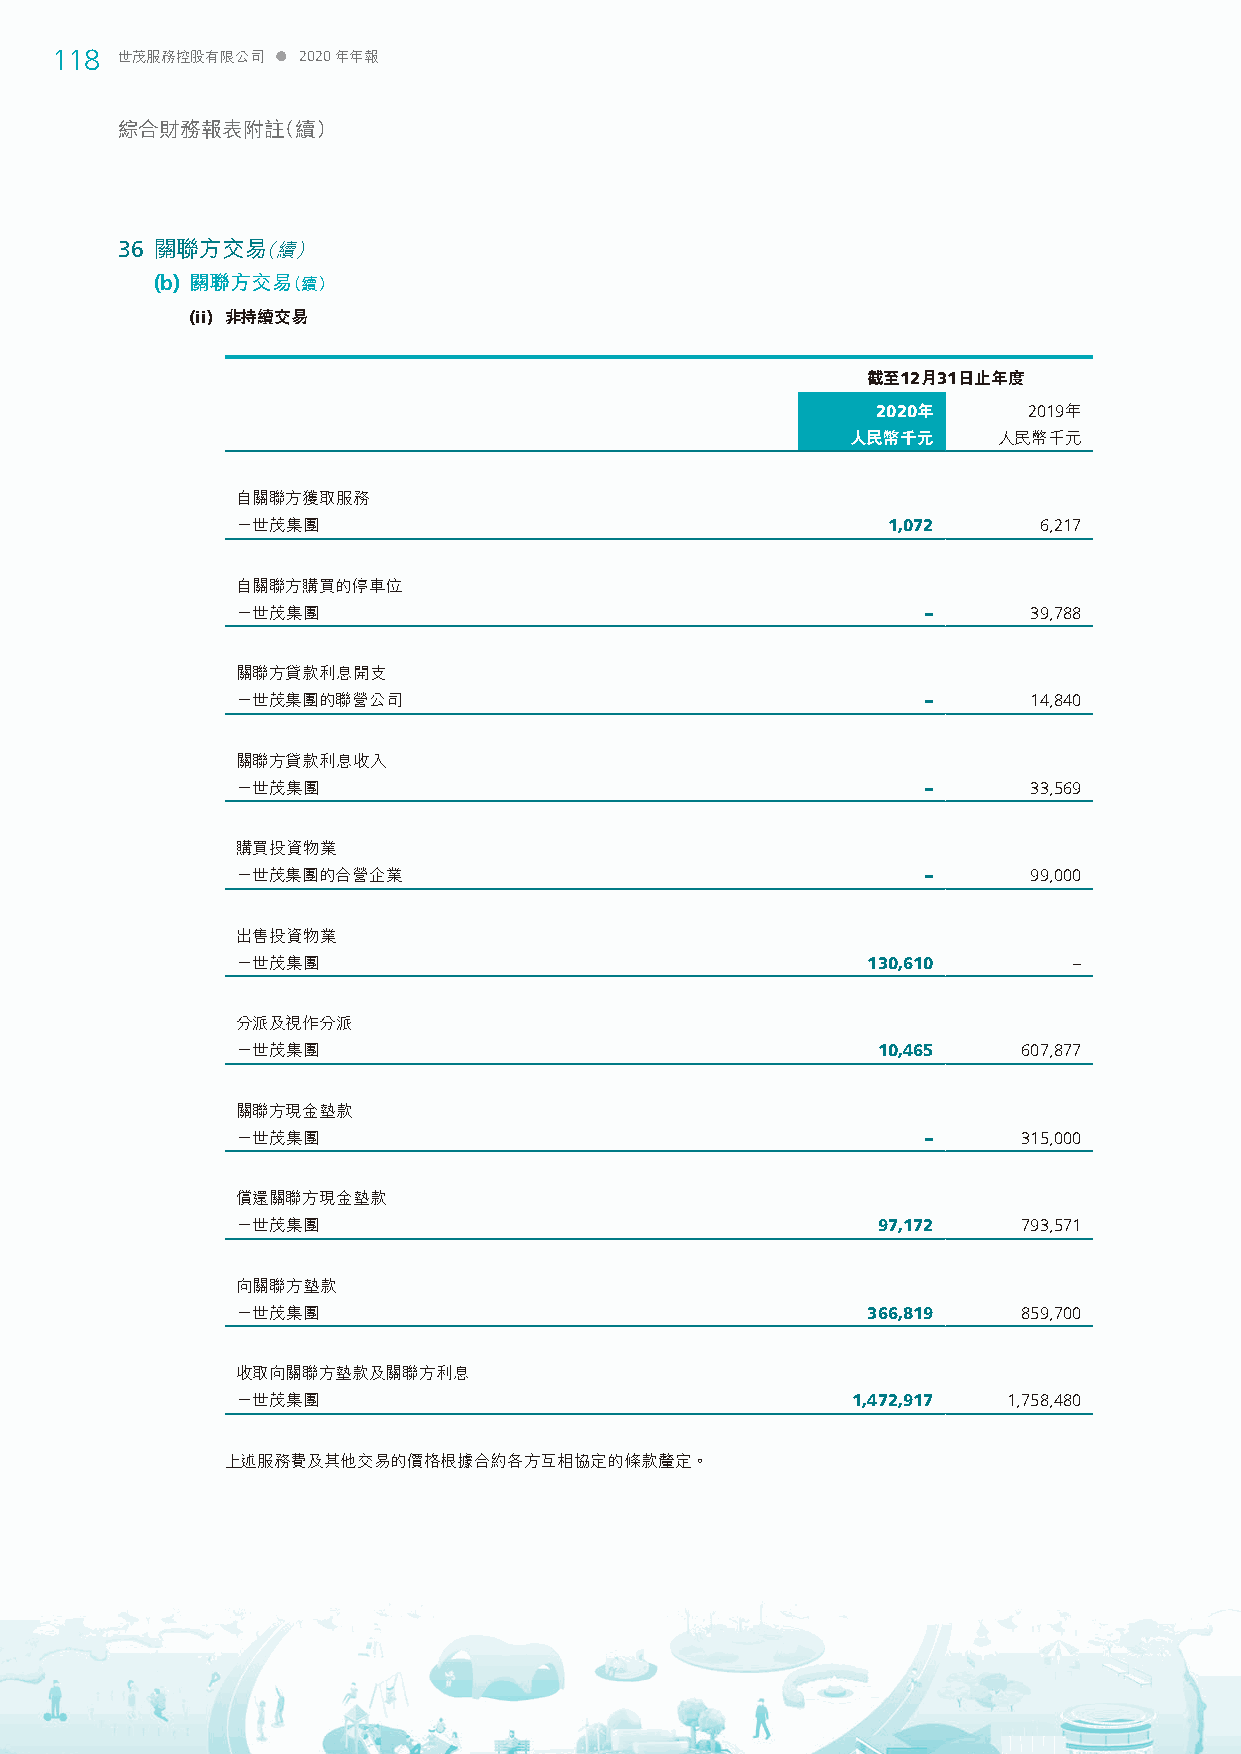
118  世茂服務控股有限公司  2020年年報
 綜合財務報表附註（續）
 36 關聯方交易（續）
 (b) 關聯方交易（續）
 (ii) 非持續交易
 截至12月31日止年度
 2020年     2019年
 人民幣千元     人民幣千元
 自關聯方獲取服務
 －世茂集團                                      1,072     6,217
 自關聯方購買的停車位
 －世茂集團                                        –      39,788
 關聯方貸款利息開支
 －世茂集團的聯營公司                                   –      14,840
 關聯方貸款利息收入
 －世茂集團                                        –      33,569
 購買投資物業
 －世茂集團的合營企業                                   –      99,000
 出售投資物業
 －世茂集團                                    130,610       –
 分派及視作分派
 －世茂集團                                     10,465    607,877
 關聯方現金墊款
 －世茂集團                                        –      315,000
 償還關聯方現金墊款
 －世茂集團                                     97,172    793,571
 向關聯方墊款
 －世茂集團                                    366,819    859,700
 收取向關聯方墊款及關聯方利息
 －世茂集團                                   1,472,917  1,758,480
 上述服務費及其他交易的價格根據合約各方互相協定的條款釐定。